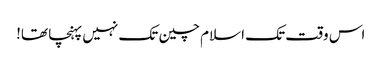
اس وقت تک اسلام چین تک نہیں پہنچا تھا!